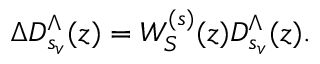
\Delta D _ { s _ { v } } ^ { \Lambda } ( z ) = W _ { S } ^ { ( s ) } ( z ) D _ { s _ { v } } ^ { \Lambda } ( z ) .